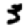
Digit: 3